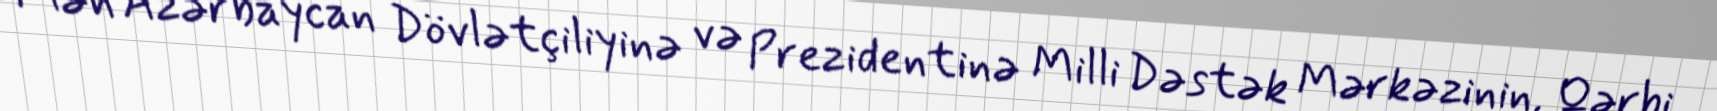
Mən Azərbaycan Dövlətçiliyinə və Prezidentinə Milli Dəstək Mərkəzinin, Qərbi